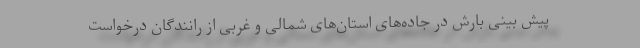
پیش بینی بارش در جاده‌های استان‌های شمالی و غربی از رانندگان درخواست